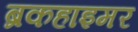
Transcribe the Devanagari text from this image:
ब्रकहाइमर